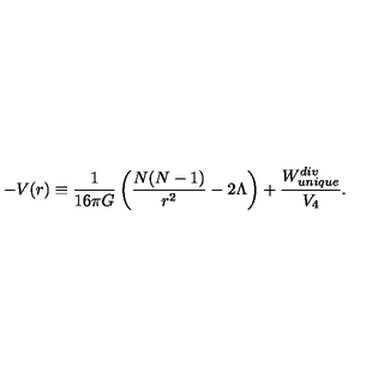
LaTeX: - V ( r ) \equiv { \frac { 1 } { 1 6 \pi G } } \left( { \frac { N ( N - 1 ) } { r ^ { 2 } } } - 2 \Lambda \right) + { \frac { W _ { u n i q u e } ^ { d i v } } { V _ { 4 } } } .